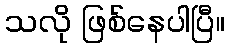
သလို ဖြစ်နေပါပြီ။